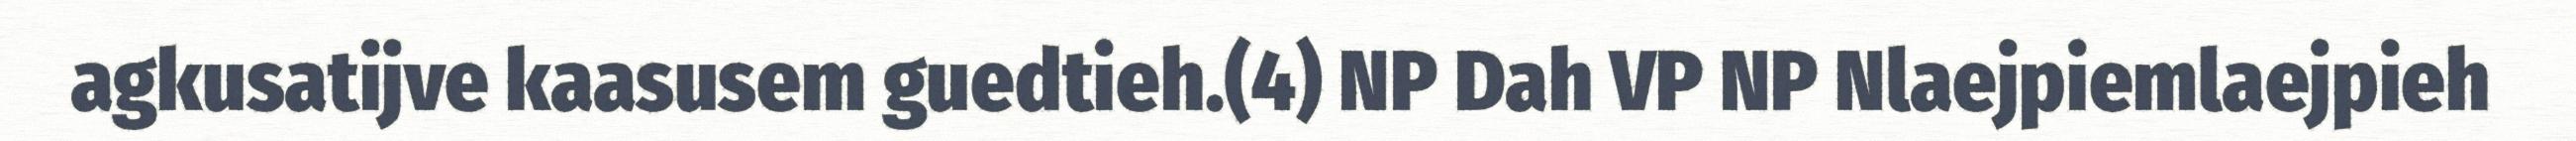
agkusatijve kaasusem guedtieh.(4) NP Dah VP NP Nlaejpiemlaejpieh